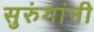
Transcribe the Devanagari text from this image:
सुरुंगांनी